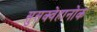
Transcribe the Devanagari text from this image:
सुसक्वेहानोक